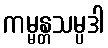
ကမ္မန္တသမ္ပဒါ